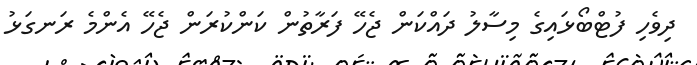
ދިވެހި ފުޓްބޯޅައިގެ މިސާލު ދައްކަން ޖެހޭ ފަރާތުން ކަންކުރަން ޖެހޭ އެންމެ ރަނގަޅު